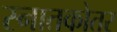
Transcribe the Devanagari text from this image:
स्‍नातकोतर